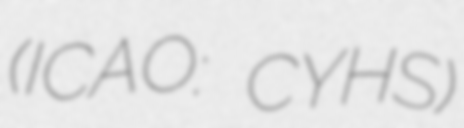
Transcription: (ICAO: CYHS)